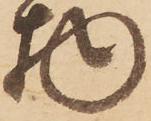
物